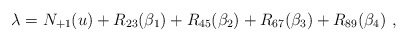
\begin{align*} \lambda = N_{+1}(u) + R_{23}(\beta_1) + R_{45}(\beta_2) + R_{67}(\beta_3) + R_{89}(\beta_4)~,\end{align*}